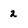
Character: 2